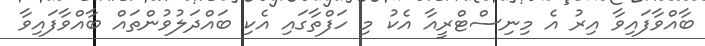
ބާއްވާފައިވާ އިރު އެ މިނިސްޓްރީއާ އެކު މި ހަފްތާގައި އެކި ބައްދަލުވުންތައް ބާއްވާފައިވާ